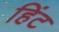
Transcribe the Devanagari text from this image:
हिंट